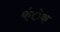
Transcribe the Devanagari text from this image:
फंेक